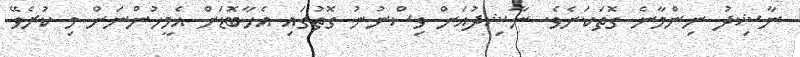
ނާޝިދު ނިންމާނެ ގޮތަކަށެވެ. ނާޝިދުއަށް ވިސްނުނު ގޮތުގައި އެހާބޮޑަށް އެމީހުންނަށް މި ކުރެވޭ